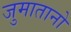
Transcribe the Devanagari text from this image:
जुमातानो